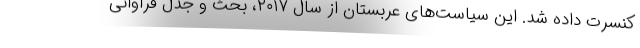
کنسرت داده شد. این سیاست‌های عربستان از سال ۲۰۱۷، بحث و جدل فراوانی